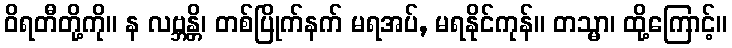
ဝိရတီတို့ကို။ န လဗ္ဘန္တိ၊ တစ်ပြိုက်နက် မရအပ်, မရနိုင်ကုန်။ တသ္မာ၊ ထို့ကြောင့်။